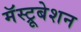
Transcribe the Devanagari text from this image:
मॅस्ट्रूबेशन